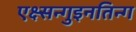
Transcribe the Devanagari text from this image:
एक्ष्सन्गुइनतिन्ग